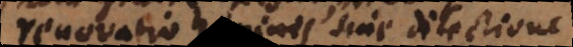
renovatio hominis sine dilectione